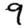
Digit: 9